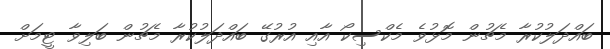
ބައްދަލުކުރާ މެޗުން މޮޅުވެ މެކްސިކޯ އާއި އުރުގޭ ބައްދަލުކުރާ މެޗުން ބަލިވާ ޓީމަށް